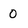
Character: 0